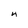
Character: 4